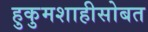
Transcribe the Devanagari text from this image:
हुकुमशाहीसोबत